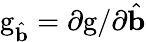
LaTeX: \mathrm{g}_{\hat{\mathbf{b}}}=\partial\mathrm{g}/\partial{\hat{\mathbf{b}}}